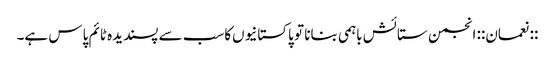
::نعمان:: انجمن ستائش باہمی بنانا تو پاکستانیوں‌کاسب سے پسندیدہ ٹائم پاس ہے۔